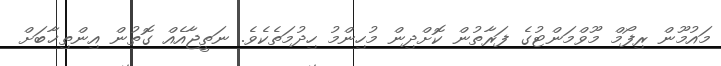
މައުމޫން ރިފޯމް މޫވްމަންޓުގެ ފަރާތުން ކޮށްދިން މުހިންމު ހިދުމަތެކެވެ. ނަތީޖާއެއް ގޮތުން އިންތިޚާބަށް